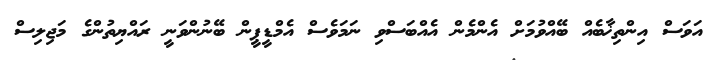
އަވަސް އިންތިޚާބެއް ބޭއްވުމަށް އެންމެން އެއްބަސްވި ނަމަވެސް އެމްޑީޕީން ބޭނުންވަނީ ރައްޔިތުންގެ މަޖިލިސް